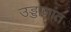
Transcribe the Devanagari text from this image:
उड्डाणांत